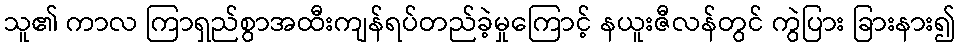
သူ၏ ကာလ ကြာရှည်စွာအထီးကျန်ရပ်တည်ခဲ့မှုကြောင့် နယူးဇီလန်တွင် ကွဲပြား ခြားနား၍